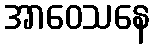
အာဝေသနေ